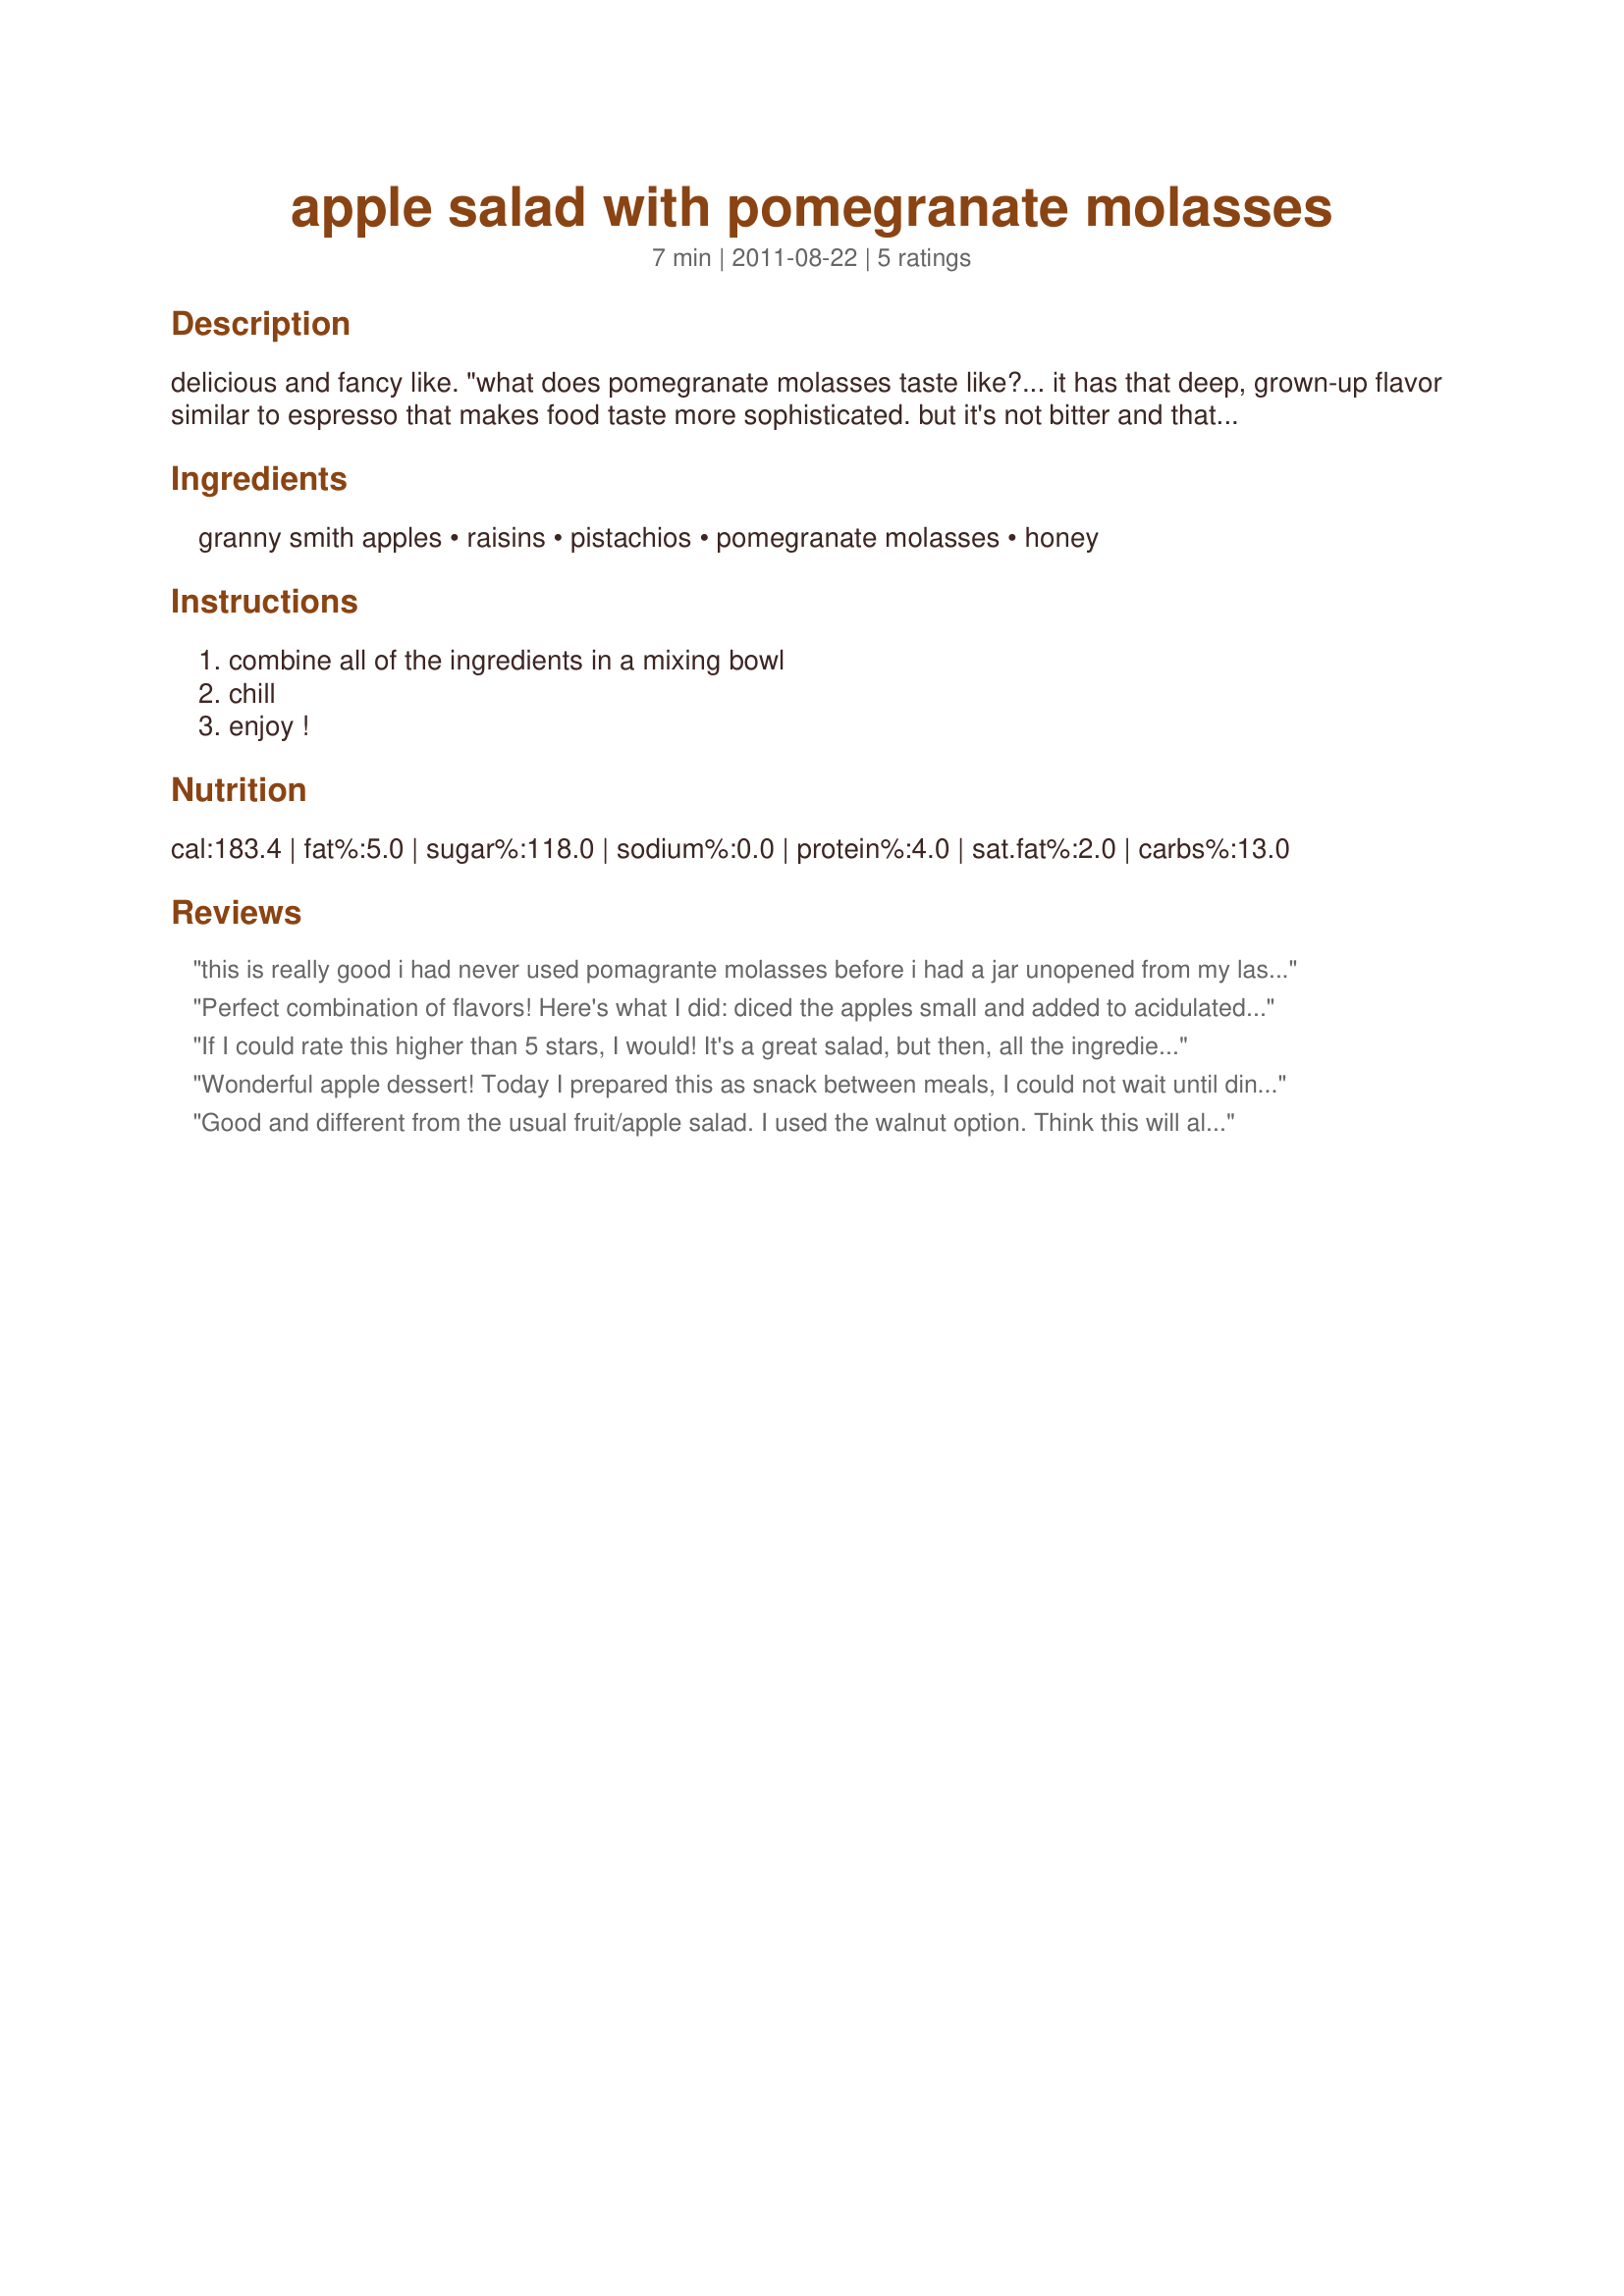
apple salad with pomegranate molasses
Preparation time: 7 minutes

delicious and fancy like. "what does pomegranate molasses taste like?... it has that deep, grown-up flavor similar to espresso that makes food taste more sophisticated. but it's not bitter and that makes it totally different in my eyes than regular molasses, which i haven't managed to love yet even though i tried hard." modified from a fruit salad recipe found on http://www.dinnersanddreams.net.

Ingredients:
granny smith apples, raisins, pistachios, pomegranate molasses, honey

Steps:
combine all of the ingredients in a mixing bowl, chill, enjoy !

Reviews:
this is really good i had never used pomagrante molasses before i had a jar unopened from my last zaar tour and i thought what the heck , im so glad i tried this recipe its very good , i put cinnmon with mine
Perfect combination of flavors! Here's what I did: diced the apples small and added to acidulated (fresh lemon juice) water to keep them from browning. Gently heated up the honey and pomegranate molasses long enough for the mixture to be easy to pour. Arranged the apples, raisins (plus a few golden raisins for color), walnuts on a salad plate then drizzled the honey/molasses over everything. Garnished with lemon zest. I didn't have Granny Smith on hand rather a light greenish/yellow skinned apple of unknown variety. Local blackberry honey was used, too. This morning I'm making the recipe again this time placing the ingredients over a scoop of Nancy's plain yogurt and eating for breakfast. Thanks for posting. The recipe has been added to my Best of 2011 Cookbook. Reviewed for NA*ME Tag and Veg Tag/September.
If I could rate this higher than 5 stars, I would! It's a great salad, but then, all the ingredients in it are things I love! Absolutely a recipe that I'll be keeping & making over & over again! Thanks so much for sharing it! [Tagged & made in Please Review My Recipe]
Wonderful apple dessert! Today I prepared this as snack between meals, I could not wait until dinner.<br/>I wanted to prepare something beatiful for you, so I found that this recipe could be a great option. After cutting apples I dipped the pieces in salted water to preserve the color (1 teaspoon salt in about 1 liter water).<br/>With Chritmas cookies mold I cutted off stars. I had pomegranate molasses and honey I used our own honey as we are beekeeper.<br/>Thanks a lot for your healthy and tasty recipe!
Good and different from the usual fruit/apple salad. I used the walnut option. Think this will also be wonderful for breakfast with yogurt. Thanks for sharing!
